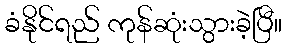
ခံနိုင်ရည် ကုန်ဆုံးသွားခဲ့ပြီ။